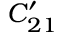
C _ { 2 1 } ^ { \prime }